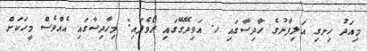
މިއަދު ހިނގި އަލިފާނުގެ ހާދިސާގައި ހ. އަވިދޭގޭގައި ރޯވެފައި: މިހާދިސާގައި އެއްވެސް މީހަކަށް